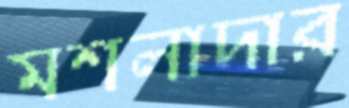
মশলাদার